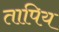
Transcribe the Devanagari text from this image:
तापिय